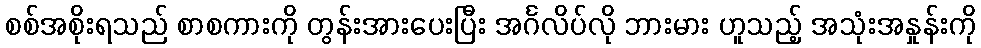
စစ်အစိုးရသည် စာစကားကို တွန်းအားပေးပြီး အင်္ဂလိပ်လို ဘားမား ဟူသည့် အသုံးအနှုန်းကို